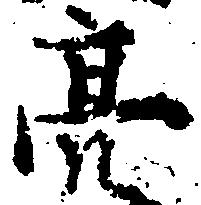
亮